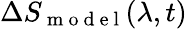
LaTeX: \Delta S_{\mathrm{~m~o~d~e~l~}}(\lambda,t)